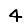
Digit: 4